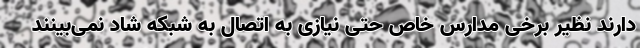
دارند نظیر برخی مدارس خاص حتی نیازی به اتصال به شبکه شاد نمی‌بینند